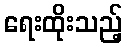
ရေးထိုးသည့်